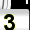
Digit: 3